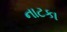
નાટકા